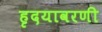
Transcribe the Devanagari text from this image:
हृदयावरणी